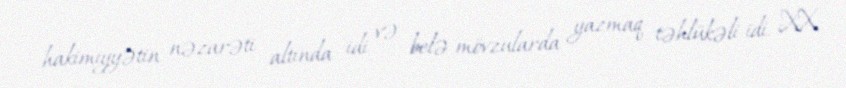
hakimiyyətin nəzarəti altında idi və belə mövzularda yazmaq təhlükəli idi. XX